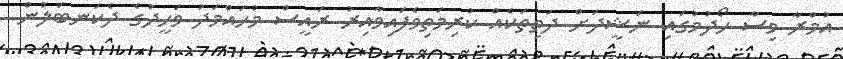
އުމްރާ ވިސާ ހޯދުމުގައި ނަޝީދަށް ދަތިތަކެއް ކުރިމަތިވެފައިވާއިރު ރައީސް މުހައްމަދު ވަހީދުގެ ދެކަނބަލުން